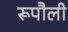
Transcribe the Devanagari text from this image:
रूपौली